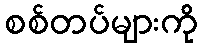
စစ်တပ်များကို